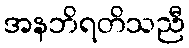
အနဘိရတိသညီ